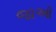
જાઑ